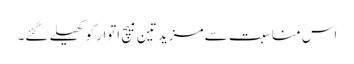
اس مناسبت سے مزید تین میچ اتوار کو کھیلے گئے۔